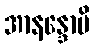
အာနန္ဒောပိ